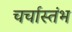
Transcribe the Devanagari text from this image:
चर्चास्तंभ